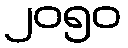
၂၀၅၀